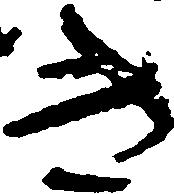
き